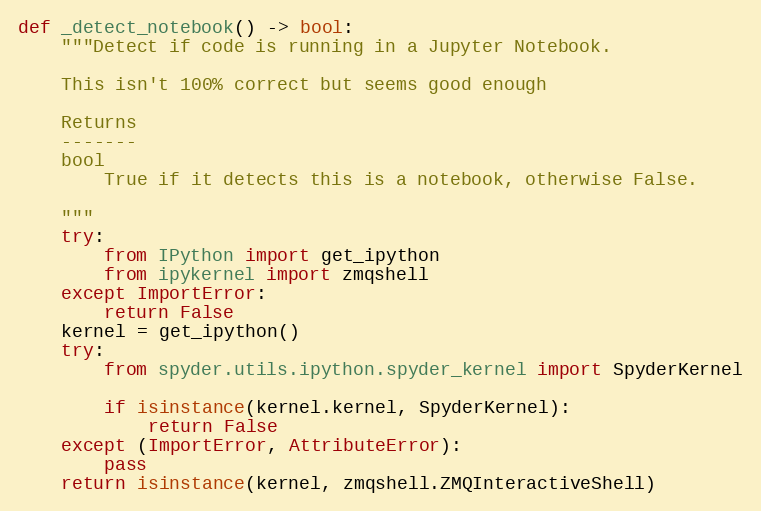
Language: Python
def _detect_notebook() -> bool:
    """Detect if code is running in a Jupyter Notebook.

    This isn't 100% correct but seems good enough

    Returns
    -------
    bool
        True if it detects this is a notebook, otherwise False.

    """
    try:
        from IPython import get_ipython
        from ipykernel import zmqshell
    except ImportError:
        return False
    kernel = get_ipython()
    try:
        from spyder.utils.ipython.spyder_kernel import SpyderKernel

        if isinstance(kernel.kernel, SpyderKernel):
            return False
    except (ImportError, AttributeError):
        pass
    return isinstance(kernel, zmqshell.ZMQInteractiveShell)